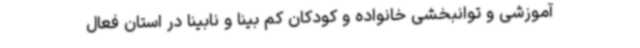
آموزشی و توانبخشی خانواده و کودکان کم بینا و نابینا در استان فعال